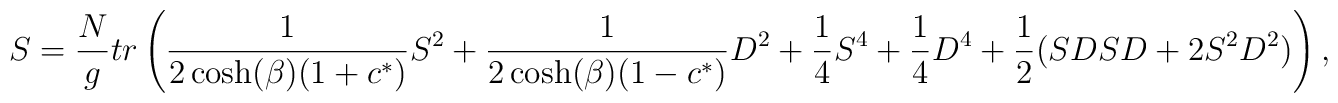
S = {N \over g} tr \left( {1 \over 2 \cosh (\beta) (1 + c^*)} S^2  + { 1 \over2 \cosh(\beta) (1 - c^*)} D^2 + {1 \over4 } S^4 + {1\over 4 } D^4 + {1 \over 2 } ( S D S D + 2 S^2 D^2 ) \right),